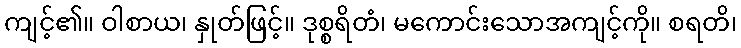
ကျင့်၏။ ဝါစာယ၊ နှုတ်ဖြင့်။ ဒုစ္စရိတံ၊ မကောင်းသောအကျင့်ကို။ စရတိ၊